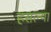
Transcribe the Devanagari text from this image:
हसल्या